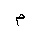
Letter: _mim